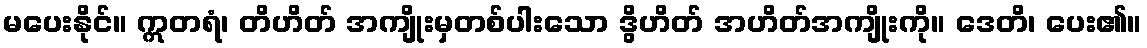
မပေးနိုင်။ ဣတရံ၊ တိဟိတ် အကျိုးမှတစ်ပါးသော ဒွိဟိတ် အဟိတ်အကျိုးကို။ ဒေတိ၊ ပေး၏။